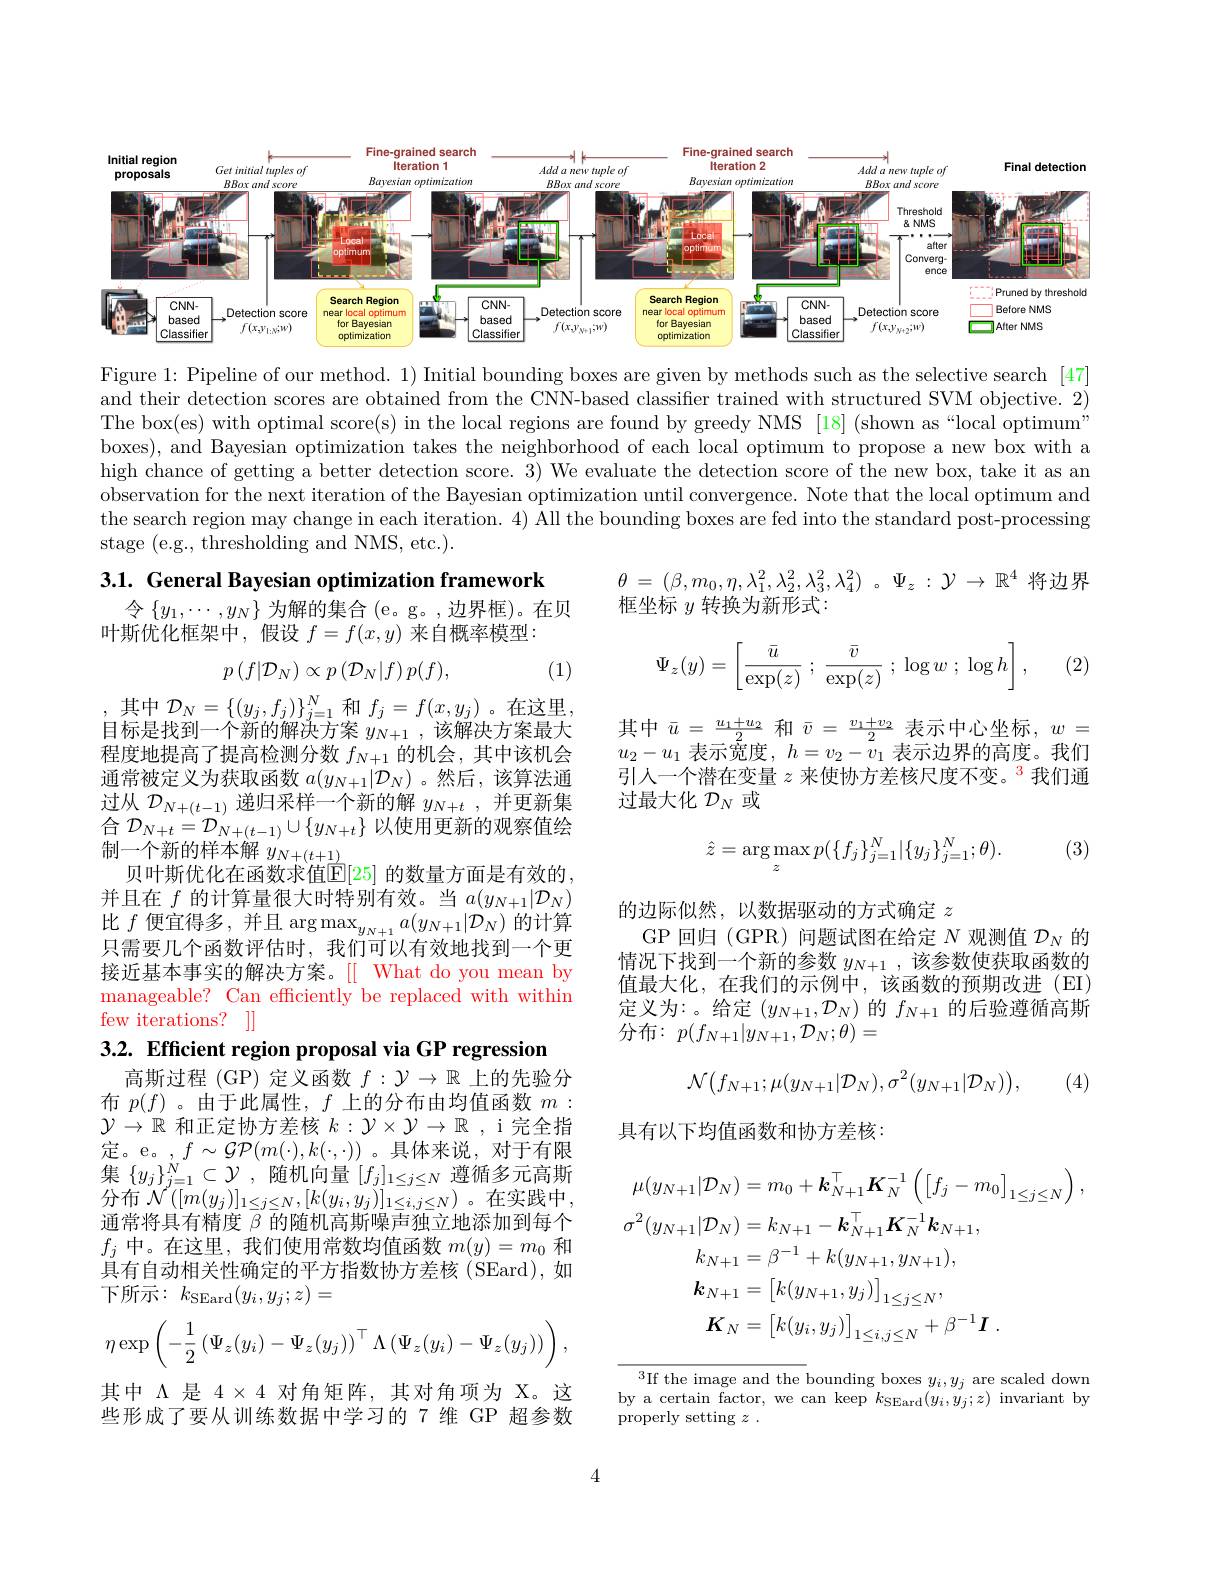
<FigureHere>

Figure 1: Pipeline of our method. 1) Initial bounding boxes are given by methods such as the selective search [47] and their detection scores are obtained from the CNN-based classifier trained with structured SVM objective. 2) The box(es) with optimal score(s) in the local regions are found by greedy NMS [18] (shown as“local optimum” boxes), and Bayesian optimization takes the neighborhood of each local optimum to propose a new box with a high chance of getting a better detection score. 3) We evaluate the detection score of the new box, take it as an observation for the next iteration of the Bayesian optimization until convergence. Note that the local optimum and the search region may change in each iteration. 4) All the bounding boxes are fed into the standard post-processing stage (e.g., thresholding and NMS, etc.).

3.1. General Bayesian optimization framework

$\theta$ = $( \beta , m_0, \eta , \lambda _1^2, \lambda _2^2, \lambda _3^2, \lambda _4^2)$ $。\Psi _z$ : $\mathcal{Y} \rightarrow \mathbb{R} ^4$ 将边界
框坐标$y$转换为新形式：

令$\left\{y_1,\cdots,y_N\right\}$为解的集合$\left(\mathrm{e。g。,边界框}\right)$。在贝
叶斯优化框架中，假设$f=f(x,y)$来自概率模型：

(2)
$$\Psi_z(y)=\begin{bmatrix}\frac{\bar{u}}{\exp(z)}\:;\:\frac{\bar{v}}{\exp(z)}\:;\:\log w\:;\:\log h\end{bmatrix},$$
$$p\left(f|\mathcal{D}_{N}\right)\propto p\left(\mathcal{D}_{N}|f\right)p(f),$$
(1)

其中$\bar{u}=\frac{u_{1}+u_{2}}{2}$和$\bar{v}=\frac{v_{1}+v_{2}}{2}$表示中心坐标$,w=$ $u_{2}- u_{1}$ $\bar{\text{表 示 宽 度 }}$ , $h= v_{2}- \bar{v_{1}}$ 表示边界的高度。我们引人一个潜在变量$z$来使协方差核尺度不变。$^3$我们通过最大化$\mathcal{D}_N$或

(3)
$$\hat z=\arg\max_zp(\{f_j\}_{j=1}^N|\{y_j\}_{j=1}^N;\theta).$$
,其中$\mathcal{D}_N=\{(y_j,f_j)\}_{j=1}^N$和$f_j=f(x,y_j)$。在这里， 目标是找到一个新的解决方案$y_{N+1}$,该解决方案最大程度地提高了提高检测分数$f_N+1$的机会，其中该机会通常被定义为获取函数$a(y_{N+1}|\mathcal{D}_N)$ 。然后，该算法通过从$\mathcal{D}_N+(t-1)$递归采样一个新的解$y_N+t$,并更新集$\mathop{\text{合 }}\mathcal{D}_{N+t}=\mathcal{D}_{N+(t-1)}\cup\{y_{N+t}\}\mathop{\text{以使用更新的观察值绘}}$ 制一个新的样本解$y_N+(t+1)$
贝叶斯优化在函数求值$\mathbb{E}[25]$ 的数量方面是有效的， 并且在$f$的计算量很大时特别有效。当$a(y_{N+1}|\mathcal{D}_N)$ 比$f$便宜得多，并且 arg max$_y_{N+1}a(y_{N+1}|\mathcal{D}_N)$的计算只需要几个函数评估时，我们可以有效地找到一个更接近基本事实的解决方案。[[ What do you mean by manageable? Can efficiently be replaced with within few iterations? ]]

的边际似然，以数据驱动的方式确定$z$
GP 回归 (GPR) 问题试图在给定$N$观测值$\mathcal{D}_N$的情况下找到一个新的参数$y_{N+1}$,该参数使获取函数的值最大化，在我们的示例中，该函数的预期改进(EI) 定义为：。给定$(y_{N+1},\mathcal{D}_{N})$的$f_N+1$的后验遵循高斯分布：$p(f_{N+1}|y_{N+1},\mathcal{D}_N;\theta)=$
$$\mathcal{N}\big(f_{N+1};\mu(y_{N+1}|\mathcal{D}_{N}),\sigma^{2}(y_{N+1}|\mathcal{D}_{N})\big),$$
(4)

具有以下均值函数和协方差核：

3.2. Efficient region proposal via GP regression
高斯过程 (GP) 定义函数$f:\mathcal{Y}\to\mathbb{R}$上的先验分布$p(f)$ 。由于此属性，$f$上的分布由均值函数$m:$ $\mathcal{Y}\to\mathbb{R}$和正定协方差核$k:\mathcal{Y}\times\mathcal{Y}\to\mathbb{R}$ ,i 完全指定。e。,$f\sim\mathcal{GP}(m(\cdot),k(\cdot,\cdot))$。具体来说，对于有限集$\left\{y_{j}\right\}_{j=1}^{N}\subset\mathcal{Y}$,随机向量$\left[f_j\right]_{1\leq j\leq N}$遵循多元高斯分布 $\mathcal{N}([m(y_{j})]_{1\leq j\leq N},[k(y_{i},y_{j})]_{1\leq i,j\leq N})$。在实践中， 通常将具有精度$\beta$的随机高斯噪声独立地添加到每个$f_j$中。在这里，我们使用常数均值函数$m(y)=m_0$和具有自动相关性确定的平方指数协方差核(SEard),如下所示：$k_\mathrm{SEard}(y_i,y_j;z)=$
$$\eta\exp\left(-\dfrac{1}{2}\left(\Psi_z(y_i)-\Psi_z(y_j)\right)^\top\Lambda\left(\Psi_z(y_i)-\Psi_z(y_j)\right)\right),$$
其中$\Lambda$是$4\times4$对角矩阵，其对角项为 X。这些形成了要从训练数据中学习的 7 维 GP 超参数
$$\begin{aligned}\mu(y_{N+1}|\mathcal{D}_{N})&=m_{0}+\boldsymbol{k}_{N+1}^{\top}\boldsymbol{K}_{N}^{-1}\left(\left[f_{j}-m_{0}\right]_{1\leq j\leq N}\right),\\\sigma^{2}(y_{N+1}|\mathcal{D}_{N})&=k_{N+1}-\boldsymbol{k}_{N+1}^{\top}\boldsymbol{K}_{N}^{-1}\boldsymbol{k}_{N+1},\\k_{N+1}&=\beta^{-1}+k(y_{N+1},y_{N+1}),\\\boldsymbol{k}_{N+1}&=\left[k(y_{N+1},y_{j})\right]_{1\leq j\leq N},\\\boldsymbol{K}_{N}&=\left[k(y_{i},y_{j})\right]_{1\leq i,j\leq N}+\beta^{-1}\boldsymbol{I}\:.\end{aligned}$$
$^{3}$If the image and the bounding boxes $y_i,y_j$ are scaled down by a certain factor, we can keep $k_{\mathrm{SEard}}(y_i,y_j;z)$ invariant by properly setting $z$ .

4